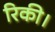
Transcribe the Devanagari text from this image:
रिकी।